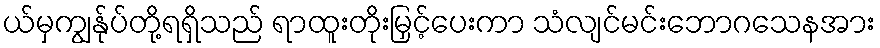
ယ်မှကျွန်ုပ်တို့ရရှိသည် ရာထူးတိုးမြှင့်ပေးကာ သံလျင်မင်းဘောဂသေနအား